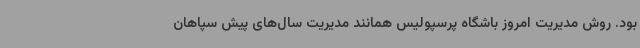
بود. روش مدیریت امروز باشگاه پرسپولیس همانند مدیریت سال‌های پیش سپاهان